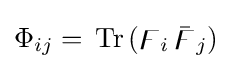
\Phi _{ij}=\,{\text{Tr}}\,(\digamma _{i}\,{\bar {\digamma }}_{j})